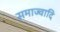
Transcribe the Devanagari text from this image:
समाज्वादि